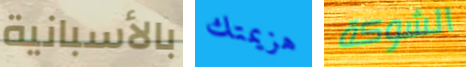
بالأسبانية هزيمتك الشوكة